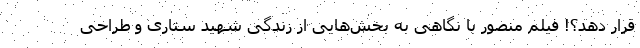
قرار دهد؟! فیلم منصور با نگاهی به بخش‌هایی از زندگی شهید ستاری و طراحی